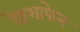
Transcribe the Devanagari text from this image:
रेष्टशाफेन